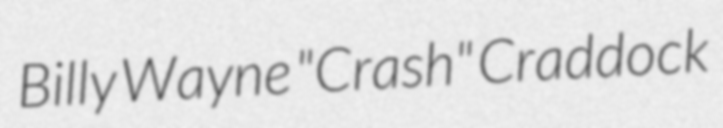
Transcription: Billy Wayne "Crash" Craddock